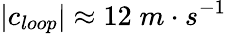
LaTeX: |c_{loop}|\approx 12\; m\cdot s^{-1}